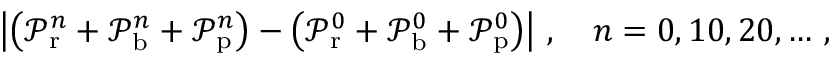
\left| \left( \mathcal P _ { \mathrm { r } } ^ { n } + \mathcal P _ { \mathrm { b } } ^ { n } + \mathcal P _ { \mathrm { p } } ^ { n } \right) - \left( \mathcal P _ { \mathrm { r } } ^ { 0 } + \mathcal P _ { \mathrm { b } } ^ { 0 } + \mathcal P _ { \mathrm { p } } ^ { 0 } \right) \right| \, , \quad n = 0 , 1 0 , 2 0 , \hdots \, ,